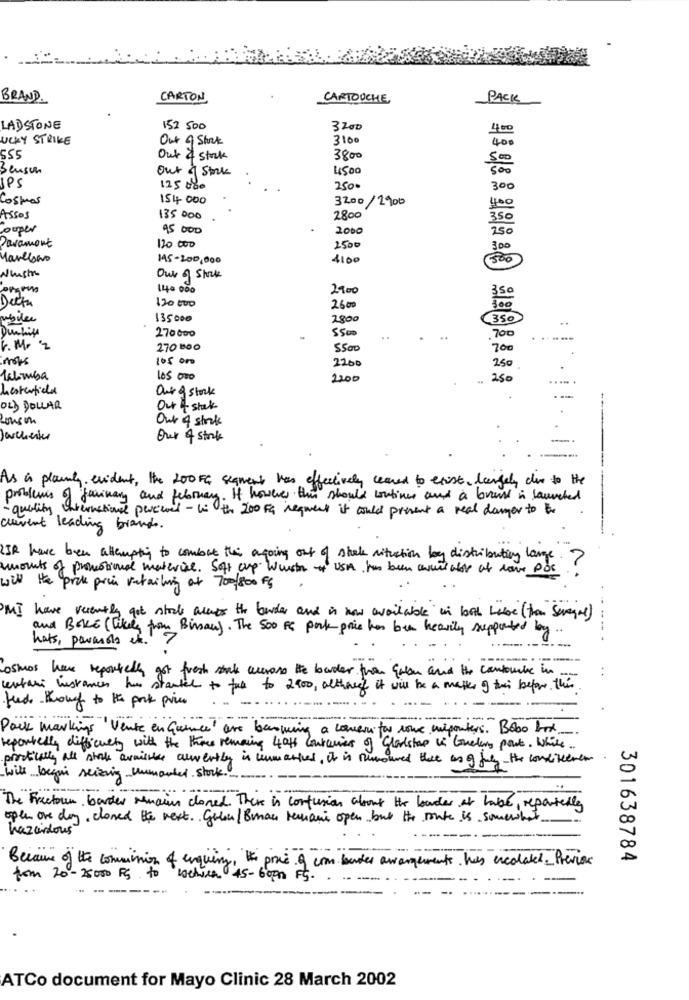
BRAND.
CARTON
CARTOUCHE
PACK
LADSTONE
152 500
3200
UCKY STRIKE
Out of Stock
3100
40
555
Out & stock
3800
Benson
out of Stock
4500
50
IPS
125 000
2500
300
Costos
154 000
3200/2900
ASSOS
135 000
2800
couper
95 000
2000
Paramont
120 000
2500
300
Marklows
145-200,000
4100
300
Nlustra
Out of stock
ergens
140 000
2900
120 000
2600
mobilee
135000
2800
350
270000
5500
700
6. M. '2
270 800
5500
700
mops
105 000
2200
250
labomba
105 000
2200
250
......
hesterfiches
Our g stock
OLD DOLLAR
Out + state
Out of stock
Jauchenter
Our & stock
As a planty evident, the 200FC segment has effectively ceased to exist, largely due to the
problems of farimary and february. If however this should continue and a brand is launched
-quality International perceel - wi the 200 Fg requiert it could present a real damer to Bo
current leading brands.
WIR have ben attempting to combut this ongoing out of shake situation by distributing lange. ?
mounts of promotional material. Soft cup Wurst * USA Im been annet afor at dove Pos
will He pick prin retailing at 700/800 Fg
MI have recently got stocle aves the lowder and is now available in both habe (than Several)
and BOKE (akele from Binsaw). The 500 FC pork price has been heavily supported by
hats, parasols et. 7
--- .
--
Cosmos have reportedly got fresh stuk across the border from Gulan and the contombe in.
wertari instances has started to fall to 2900, although it will be a matter of their before this
feed through to the park price
Pack markings Vente en Guance are becoming a comervitor nowe uniporters. Bobo box
reportedly difficulty with the three removing 4off Couturier of Gladstar is Counter part, Which ..
practically all stark available alwertly is unmathies, It is rumoured the as of fully the confiteren.
will begin seizing unmarked stock ......
The Freetoun barder remain closed. There is confusion about the leader at habe, reportedly
open one day, closed the next. Gelen/Banan Mechani open but the toute is somewhat
hazardous
301638784
Because of the commission of enquiry, He ponie o con bordes awarements has escolated. Previous
tom 20-25000 PS to
lachica 45- 6000 Ft.
ATCo document for Mayo Clinic 28 March 2002